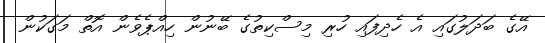
އޭގެ ބަދަލުގައި އެ ހެދިފައި ހުރި މިސްކިތުގެ ބޭނުން ހިއްޕެވެން އޮތް މަގަކުން